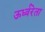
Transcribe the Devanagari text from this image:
ऊर्ध्वरेता